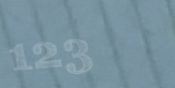
123